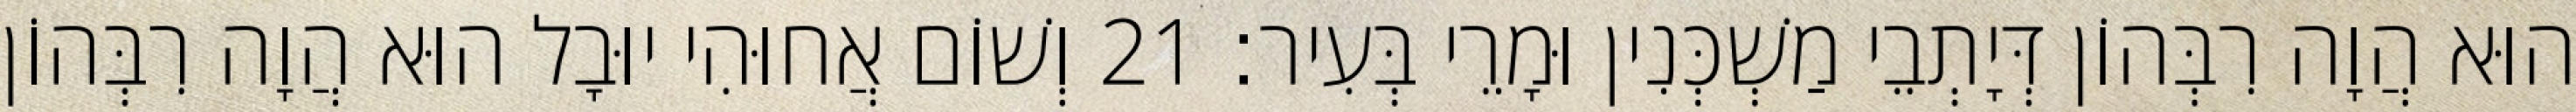
הוּא הֲוָה רִבְּהוֹן דְּיָתְבֵי מַשְׁכְּנִין וּמָרֵי בְּעִיר׃ 21 וְשׁוֹם אֲחוּהִי יוּבָל הוּא הֲוָה רִבְּהוֹן